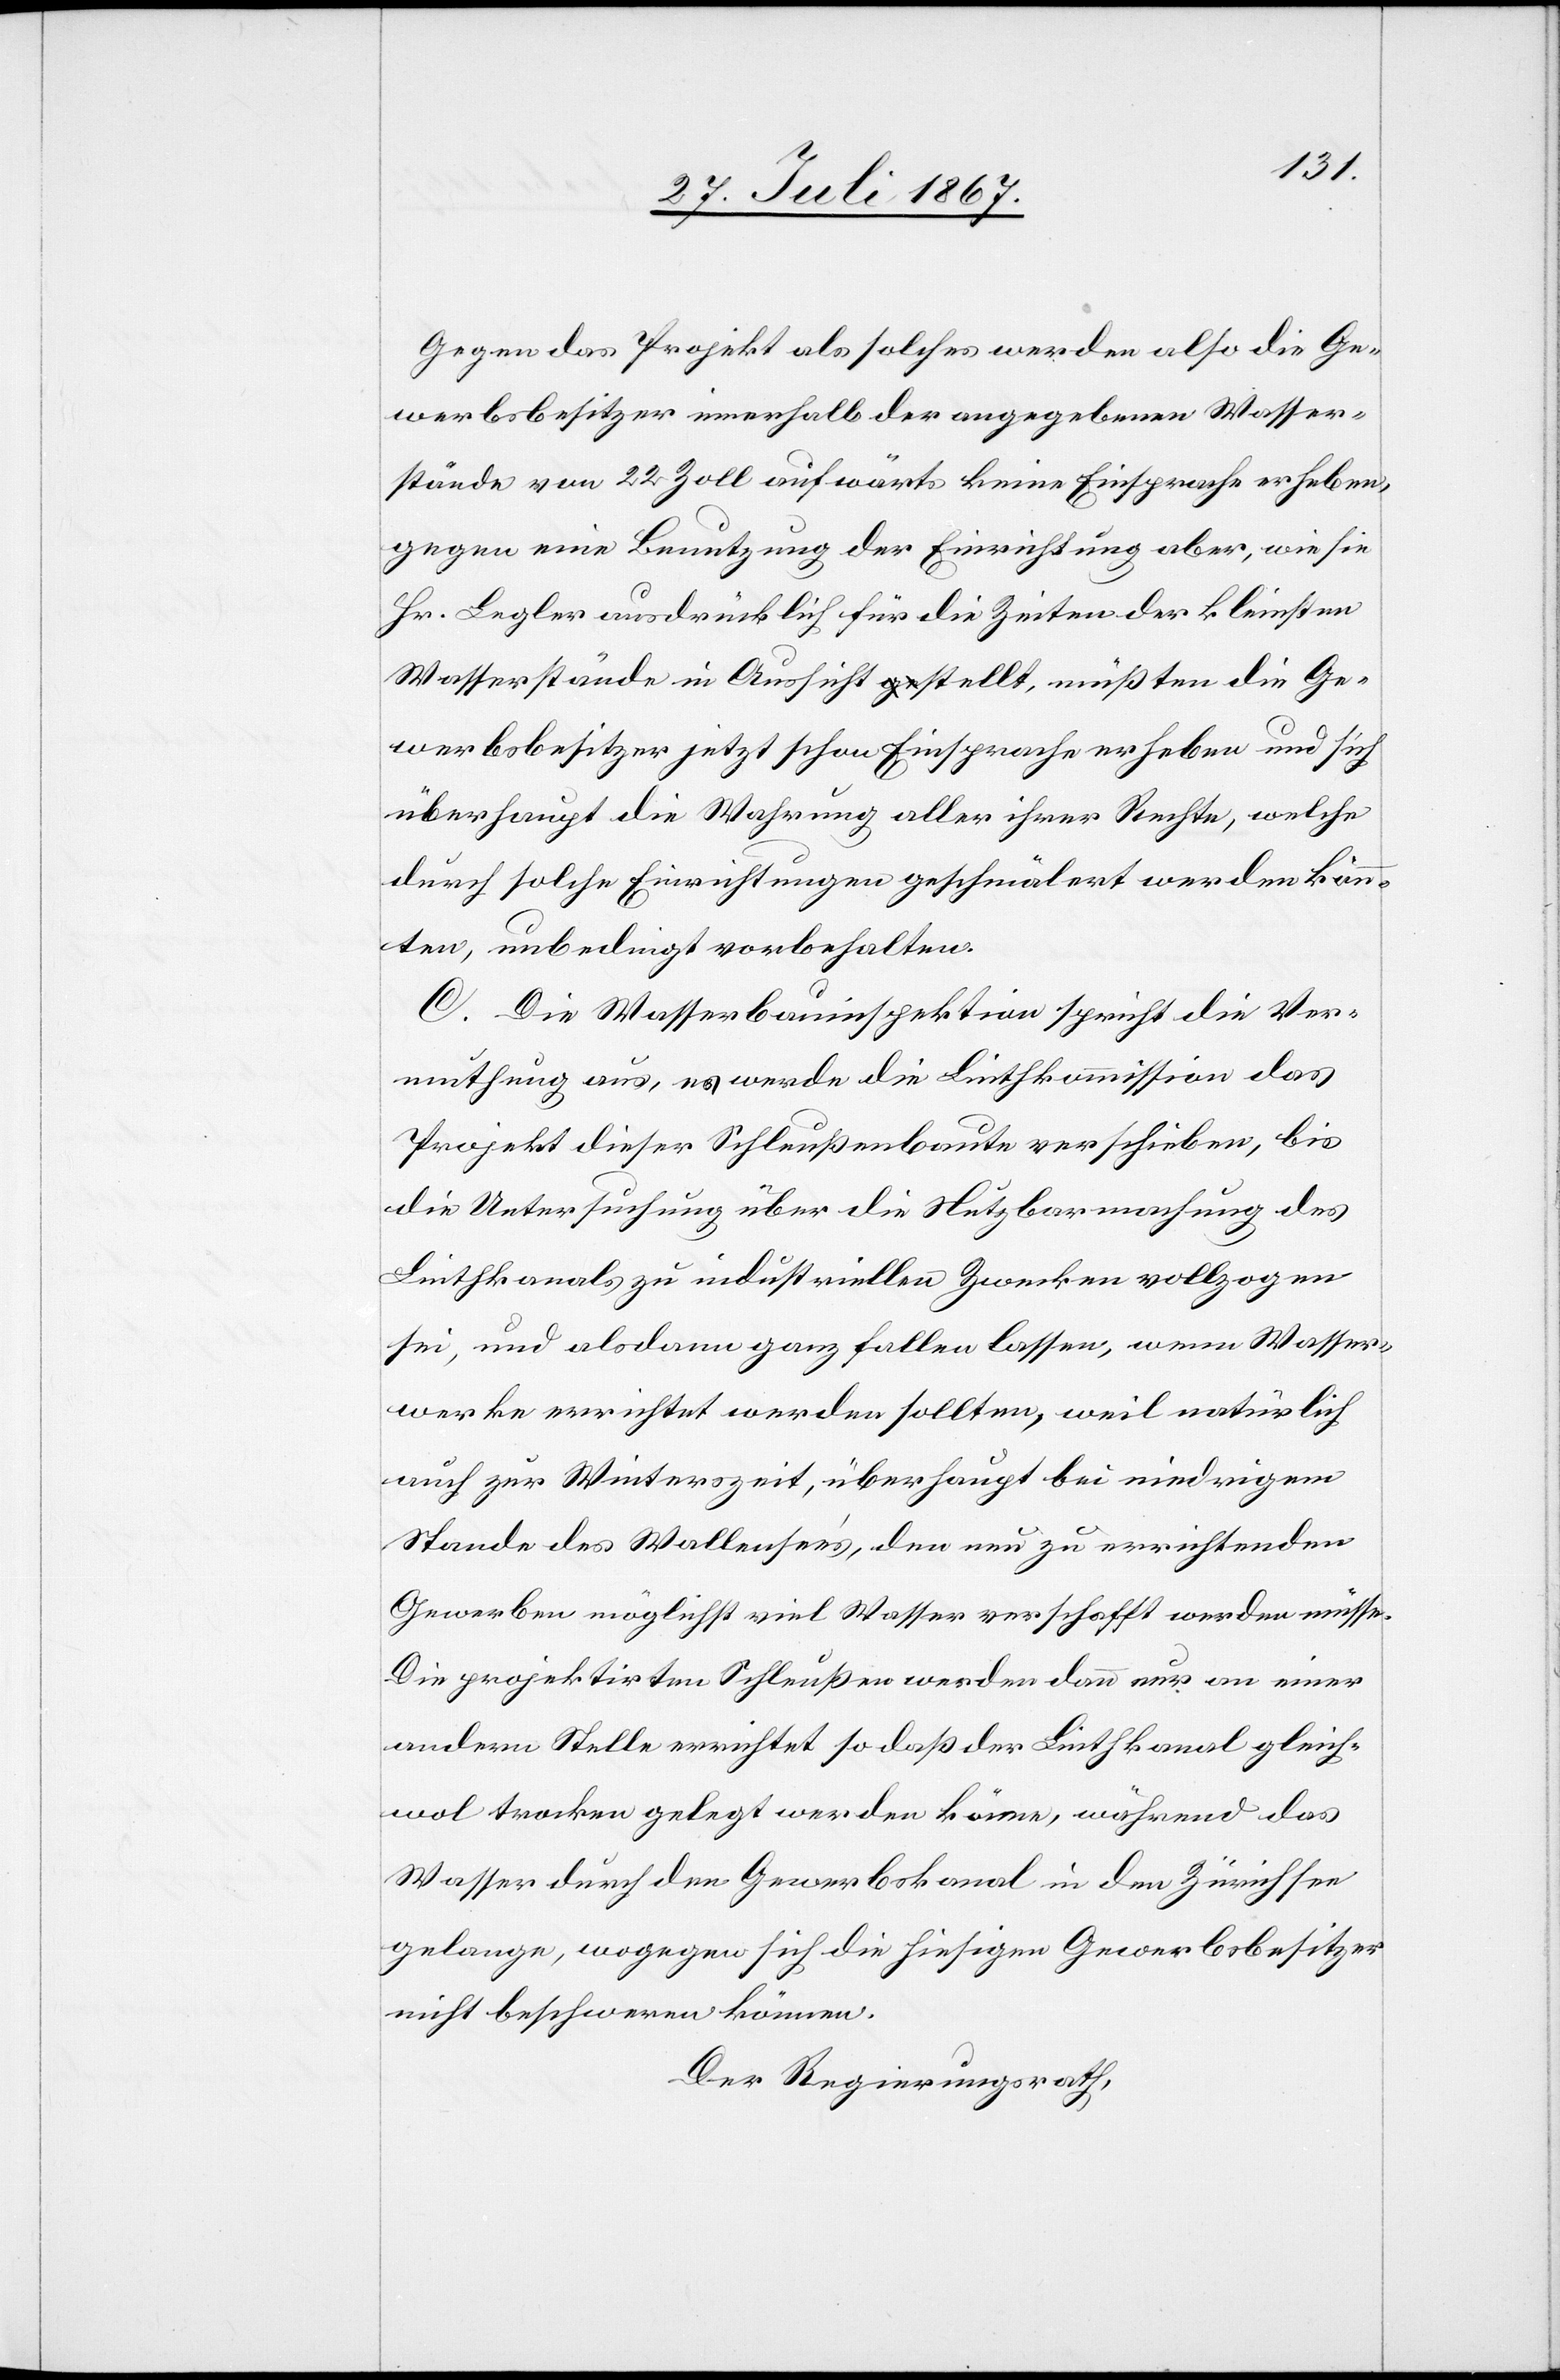
Gegen das Projekt als solches werden also die Ge¬
werbsbesitzer innerhalb der angegebenen Wasser¬
stände von 22 Zoll aufwärts keine Einsprache erheben,
gegen eine Benutzung der Einrichtung aber, wie sie
Hr. Begler ausdrücklich für die Zeiten der kleinsten
Wasserstände in Aussicht stellt, müßten die Ge¬
werbsbesitzer jetzt schon Einsprache erheben und sich
überhaupt die Wahrung aller ihrer Rechte, welche
durch solche Einrichtungen geschmälert werden könn¬
ten, unbedingt vorbehalten.
C. Die Wasserbauinspektion spricht die Ver¬
muthung aus, es werde die Linthkommission das
Projekt dieser Schleußenbaute verschieben, bis
die Untersuchung über die Nutzbarmachung des
Linthkanals zu industriellen Zwecken vollzogen
sei, und alsdann ganz fallen lassen, wenn Wasser¬
werke errichtet werden sollten, weil natürlich
auch zur Winterszeit, überhaupt bei niedrigem
Stande des Wallensee’s, den nun zu errichtenden
Gewerben möglichst viel Wasser verschafft werden müsse.
Die projektirten Schleußen werden dann nur an einer
andern Stelle errichtet so daß der Linthkanal gleich¬
wol trocken gelegt werden könne, während das
Wasser durch den Gewerbskanal in den Zürichsee
gelange, wogegen sich die hiesigen Gewerbsbesitzer
nicht beschweren können.
Der Regierungsrath,